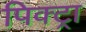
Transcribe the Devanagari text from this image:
पिक्ट्रा